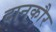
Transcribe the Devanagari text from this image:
दानकौर